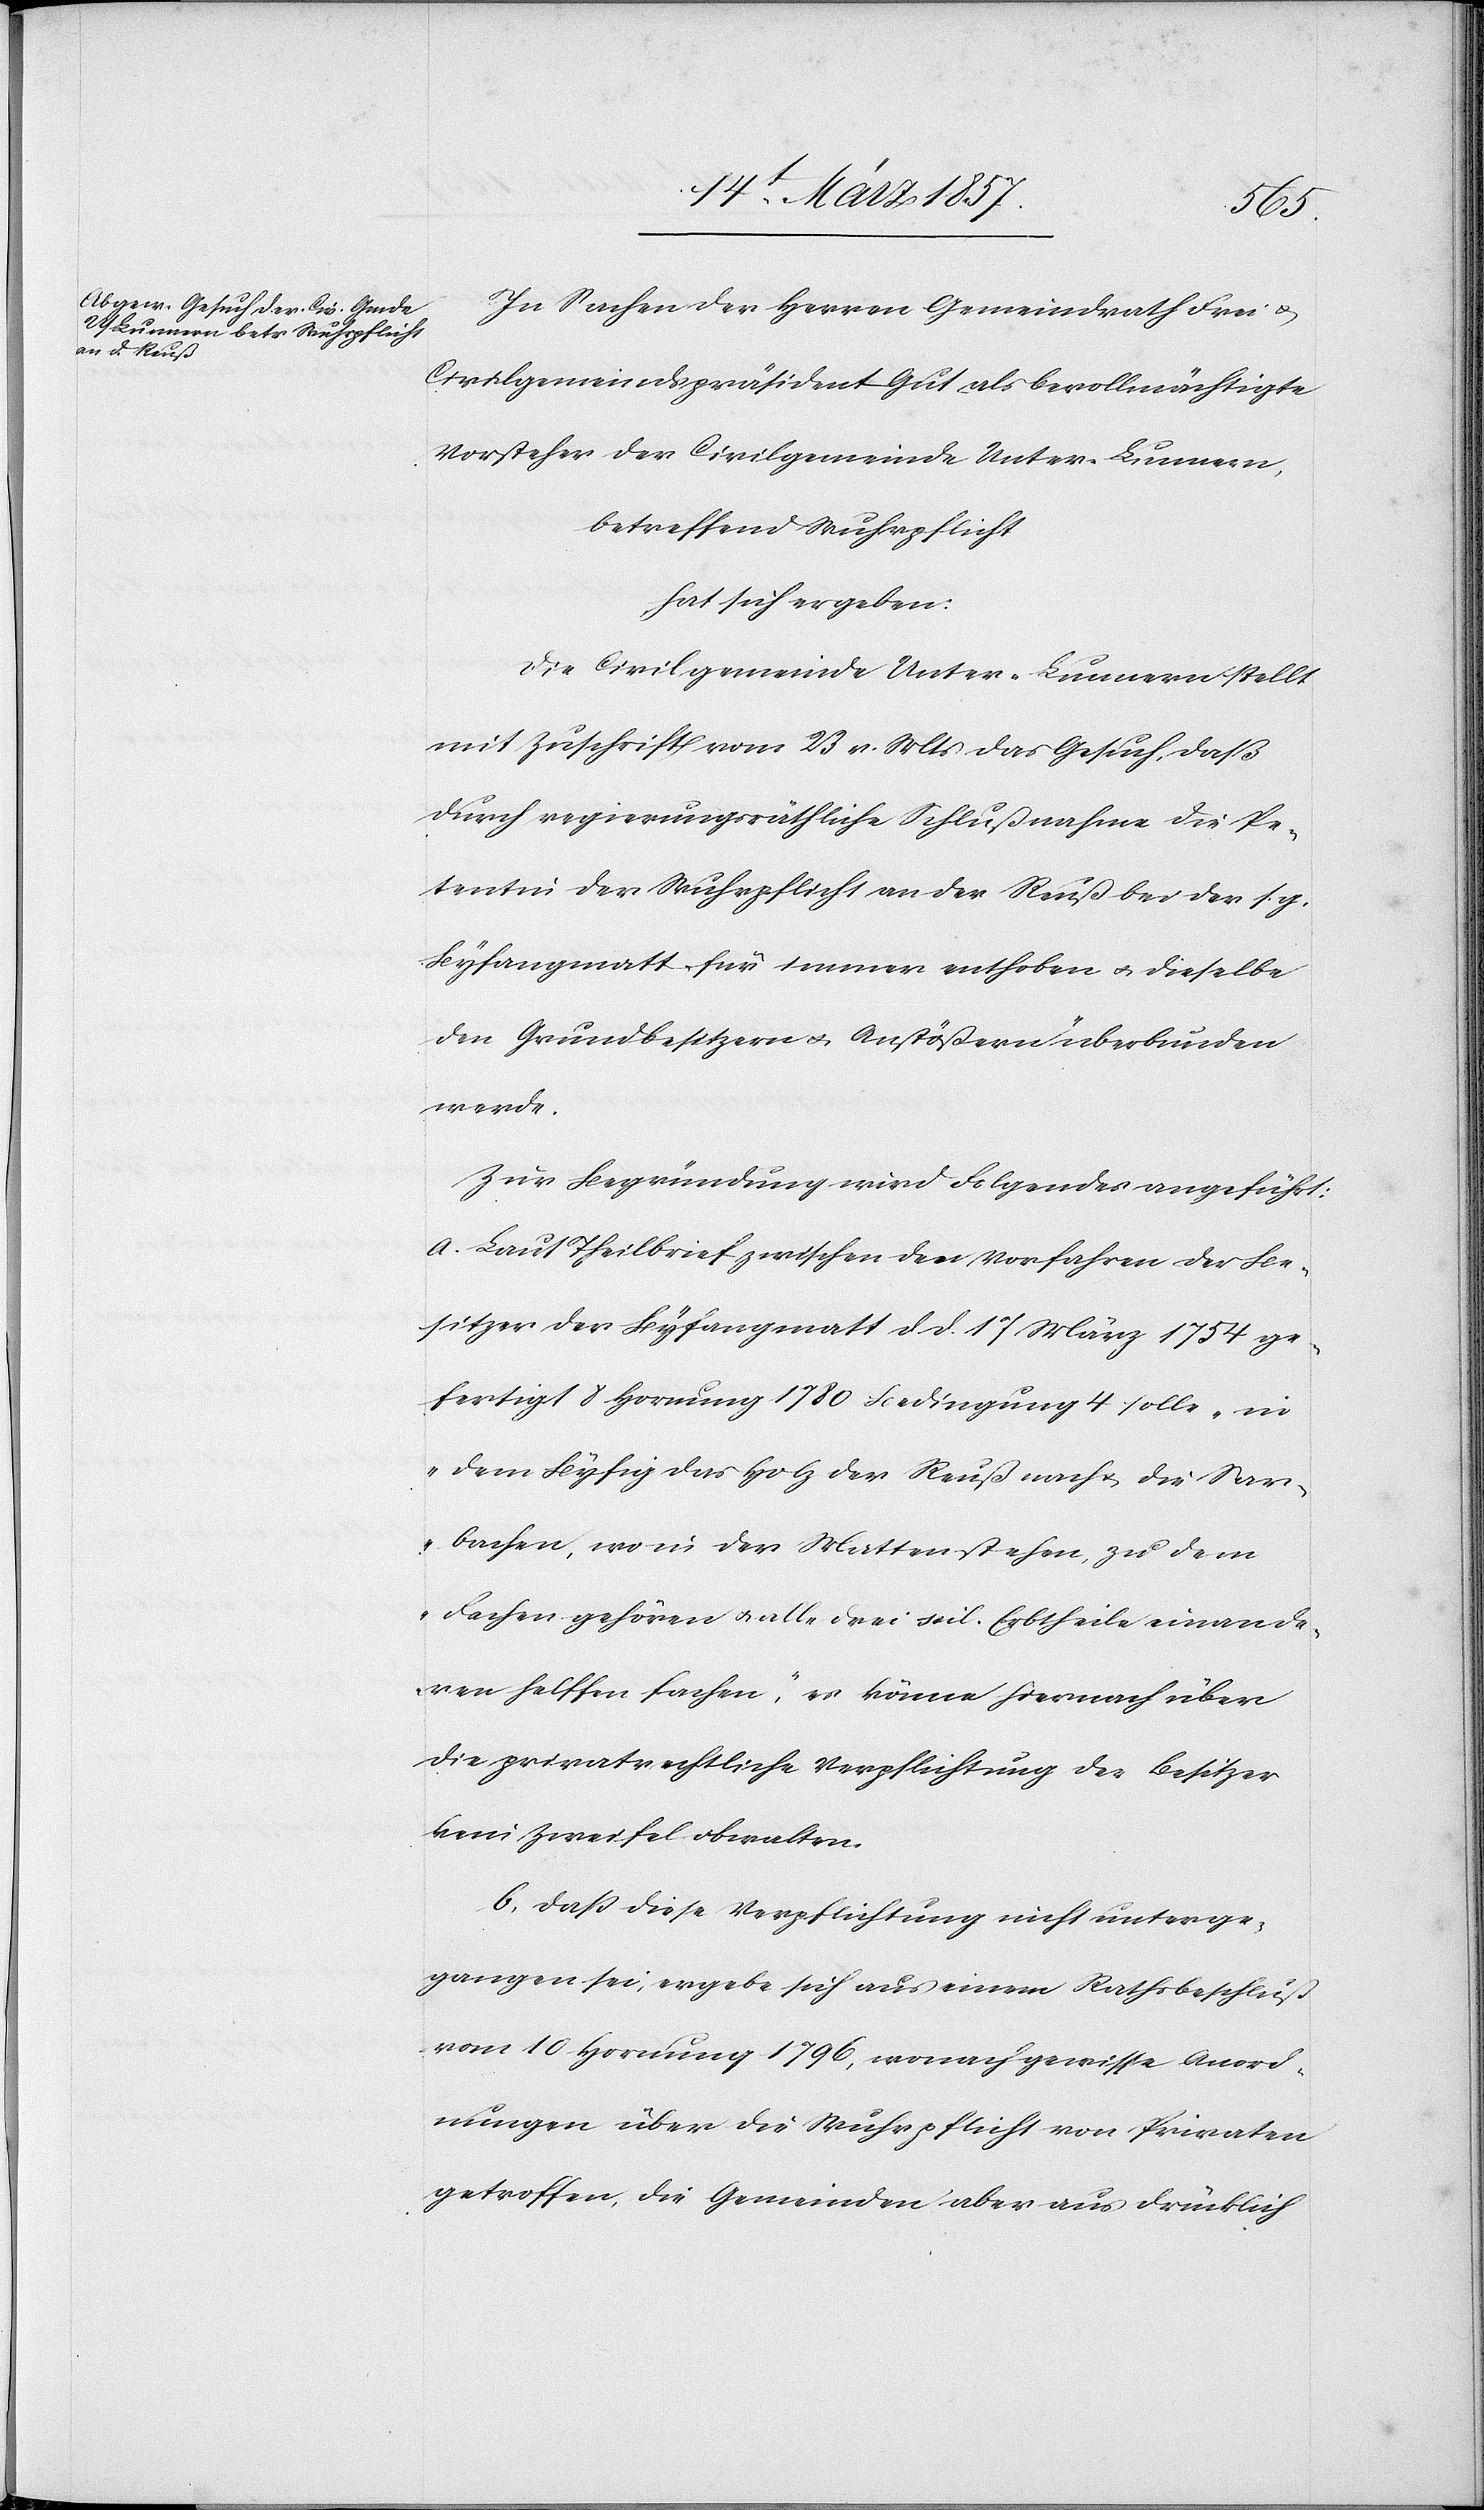
In Sachen der Herren Gemeindrath Frei u.
Civilgemeindspräsident Gut als bevollmächtigte
Vorsteher der Civilgmeinde Unter-Lunnern,
betreffend Wuhrpflicht
hat sich ergeben:
Die Civilgemeinde Unter-Lunnern stellt
mit Zuschrift vom 23 v. Mts das Gesuch, daß
durch regierungsräthliche Schlußnahme die Pe¬
tentin der Wuhrpflicht an der Reuß bei der s. g.
Byfangmatt für immer enthoben u. dieselbe
den Grundbesitzern u. Anstößern überbunden
werde.
Zur Begründung wird Folgendes angeführt:
A. Laut Theilbrief zwischen den Vorfahren der Be¬
sitzer der Byfangmatt d. d. 17 März 1754 ge¬
fertigt 8 Hornung 1780 Bedingung 4 solle „in
dem Byfig das Holz der Reuß nach u. die Sar¬
bachen, wo in der Matten stehen, zu dem
Fachen gehören u. alle drei [?seil] Erbtheile einande¬
ren helffen fachen“, es könne hiernach über
die privatrechtliche Verpflichtung der Besitzer
kein Zweifel obwalten.
b. daß diese Verpflichtung nicht unterge¬
gangen sei, ergebe sich aus einem Rathsbeschluß
vom 10 Hornung 1796, wonach gewisse Anord¬
nungen über die Wuhrpflicht von Privaten
getroffen, die Gemeinden aber ausdrücklich